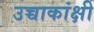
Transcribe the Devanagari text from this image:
उच्चाकांक्षी